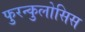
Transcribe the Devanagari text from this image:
फुरन्कुलोसिस